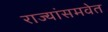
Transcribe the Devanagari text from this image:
राज्यांसमवेत